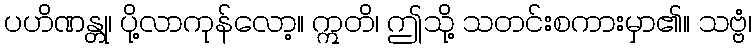
ပဟိဏန္တု၊ ပို့လာကုန်လော့။ ဣတိ၊ ဤသို့ သတင်းစကားမှာ၏။ သဗ္ဗံ၊